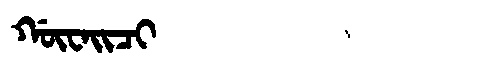
Manchu: ᡤᡡᠸᠠᡳᠴᡳ
Romanization: GŪWAICI